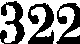
322